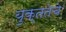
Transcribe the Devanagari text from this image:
युक्ततेचे